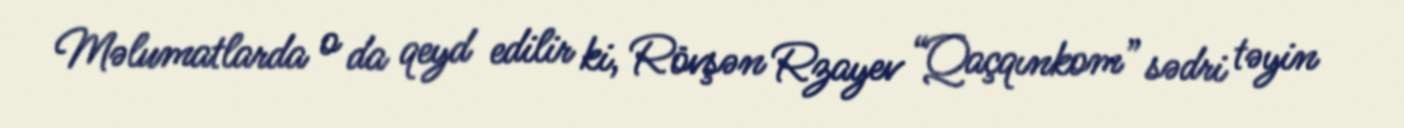
Məlumatlarda o da qeyd edilir ki, Rövşən Rzayev “Qaçqınkom” sədri təyin